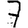
Digit: 7